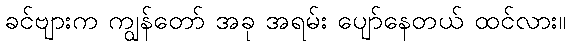
ခင်ဗျားက ကျွန်တော် အခု အရမ်း ပျော်နေတယ် ထင်လား။